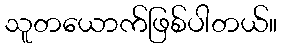
သူတယောက်ဖြစ်ပါတယ်။